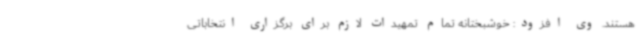
هستند. وی افزود: خوشبختانه تمام تمهیدات لازم برای برگزاری انتخاباتی